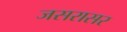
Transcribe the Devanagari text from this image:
जसरासर